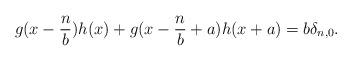
LaTeX: \begin{align*} g(x-\frac{n}{b})h(x) +g(x-\frac{n}{b}+a)h(x+a)=b \delta_{n,0}.\end{align*}